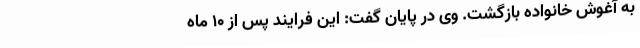
به آغوش خانواده بازگشت. وی در پایان گفت: این فرایند پس از ۱۰ ماه